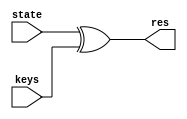
module AddRoundKeys(res,state,keys);
	input [63:0]state;
	input [63:0]keys;
	output [63:0]res;
	wire [63:0]res;
	assign res=state^keys;
endmodule